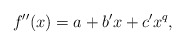
\begin{align*}f''(x) = a+b'x+c'x^q,\end{align*}